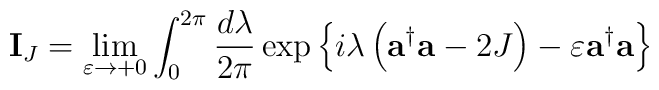
{\bf I}_{J}=\lim\limits_{\varepsilon\rightarrow +0}\int_{0}^{2\pi}{{d\lambda}\over{2\pi}}\exp\left\{{i\lambda\left({{\bf a}^{\dagger}{\bf a}-2J}\right)-\varepsilon{\bf a}^{\dagger}{\bf a}}\right\}